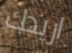
اريدك